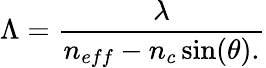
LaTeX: \Lambda=\frac{\lambda}{n_{eff}-n_{c}\sin(\theta).}